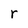
Character: r